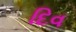
દિવ